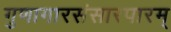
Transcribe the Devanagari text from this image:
गुणागारसंसारपारम्